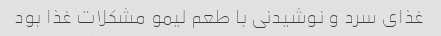
غذای سرد و نوشیدنی با طعم لیمو مشکلات غذا بود